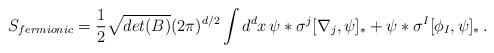
LaTeX: \begin{align*}S_{fermionic} = \frac{1}{2} \sqrt{det(B)}(2\pi)^{d/2}\int d^{d}x\, \psi\ast \sigma^{j}[\nabla_{j}, \psi]_{\ast} + \psi \ast \sigma^{I}[\phi_{I}, \psi]_{\ast} \, .\end{align*}